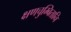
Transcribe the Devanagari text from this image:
क्षणचुम्बितानि